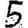
Digit: 5